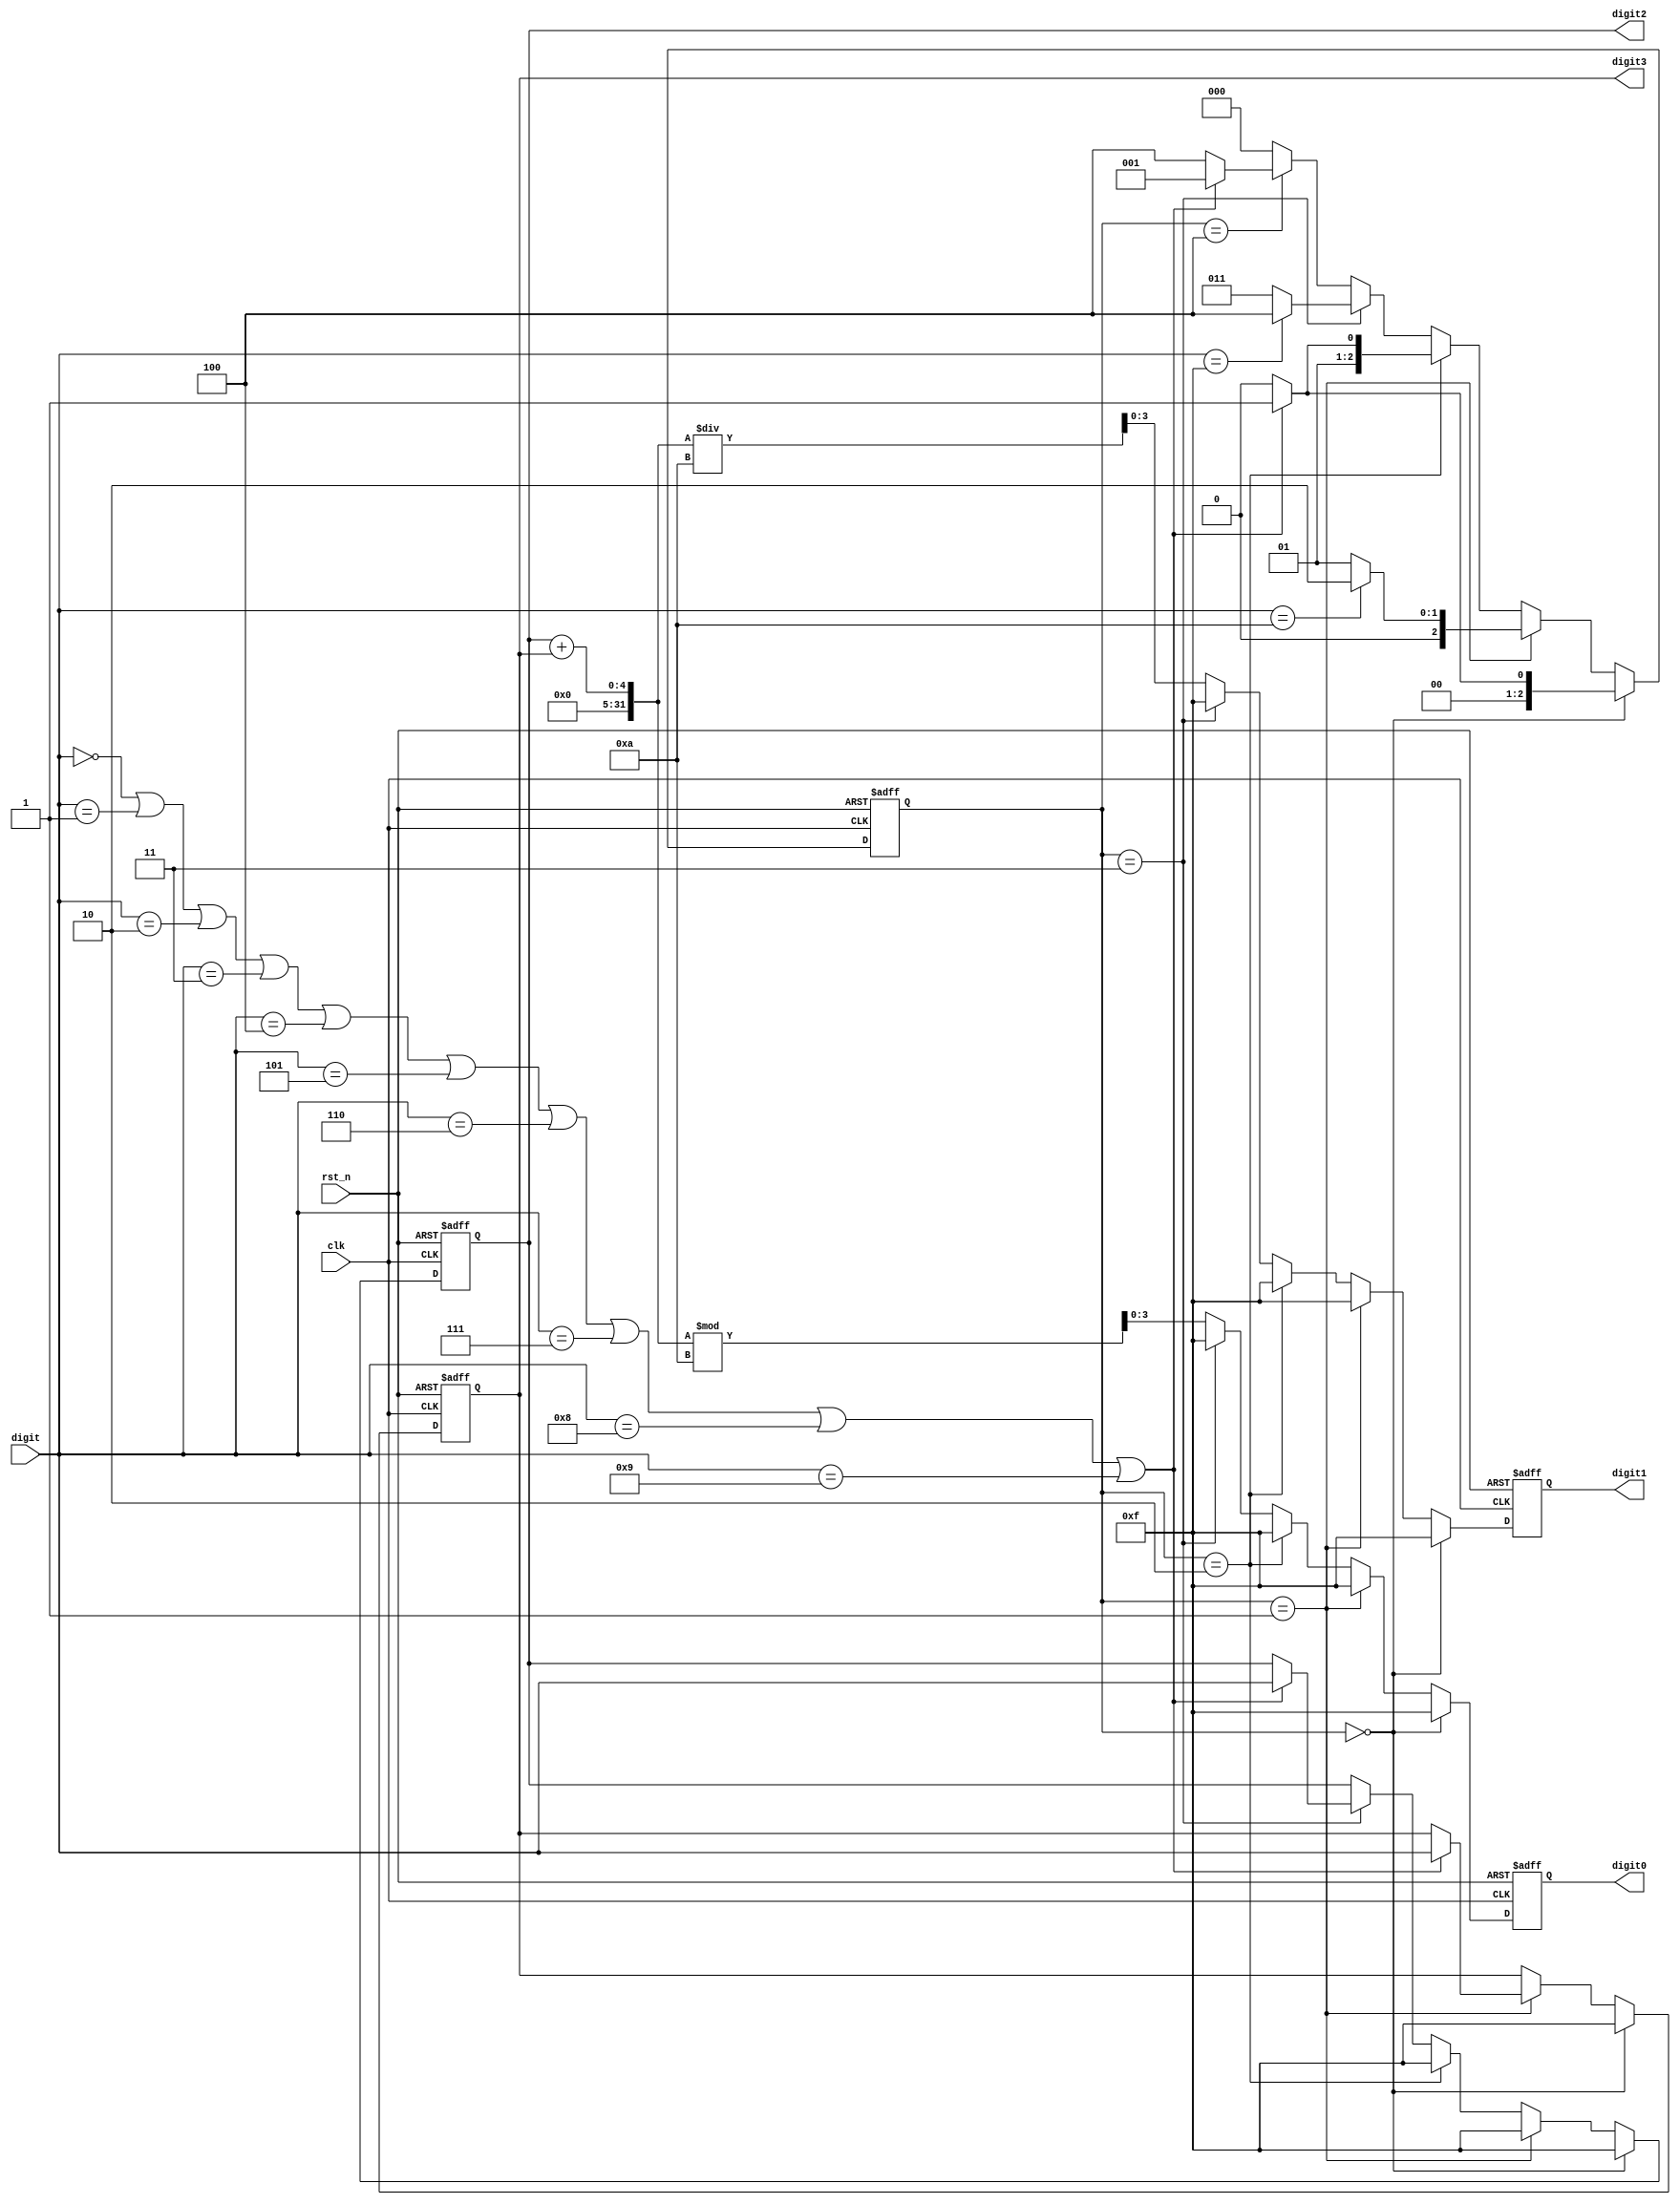
module fsm(
    digit3,
    digit2,
    digit1,
    digit0,
    digit,
    clk,
    rst_n
);
output [3:0] digit0, digit1, digit2, digit3;
input [3:0] digit;
input clk, rst_n;
reg [3:0] digit0, digit1, digit2, digit3;
reg [3:0] digit0_tmp, digit1_tmp, digit2_tmp, digit3_tmp;
reg [2:0] state, next_state;

always @*
    if (state == 3'd0) begin
        if (digit == 4'd0 || digit == 4'd1 || digit == 4'd2 || digit == 4'd3 || digit == 4'd4
        || digit == 4'd5 || digit == 4'd6 || digit == 4'd7 || digit == 4'd8 || digit == 4'd9)
            next_state = 3'd1;
        else
            next_state = 3'd0;
    end
    else if (state == 3'd1) begin
        if (digit == 4'd10)
            next_state = 3'd2;
        else
            next_state = 3'd1;
    end
    else if (state == 3'd2) begin
        if (digit == 4'd0 || digit == 4'd1 || digit == 4'd2 || digit == 4'd3 || digit == 4'd4
        || digit == 4'd5 || digit == 4'd6 || digit == 4'd7 || digit == 4'd8 || digit == 4'd9)
            next_state = 3'd3;
        else
            next_state = 3'd2;        
    end
    else if (state == 3'd3) begin
        if (digit == 4'd15)
            next_state = 3'd4;
        else
            next_state = 3'd3;
    end
    else if (state == 3'd4) begin
        if (digit == 4'd0 || digit == 4'd1 || digit == 4'd2 || digit == 4'd3 || digit == 4'd4
        || digit == 4'd5 || digit == 4'd6 || digit == 4'd7 || digit == 4'd8 || digit == 4'd9)
            next_state = 3'd1;
        else
            next_state = 3'd4;        
    end
    else    //default state
        next_state = 3'd0;

always @*
    if (state == 3'd0) begin
        digit0_tmp = 4'b1111;
        digit1_tmp = 4'b1111;
        digit2_tmp = 4'b1111;
        digit3_tmp = 4'b1111;
    end
    else if (state == 3'd1) begin
        digit0_tmp = 4'b1111;
        digit1_tmp = 4'b1111;
        digit2_tmp = 4'b1111;
        
        if (digit == 4'd0 || digit == 4'd1 || digit == 4'd2 || digit == 4'd3 || digit == 4'd4
        || digit == 4'd5 || digit == 4'd6 || digit == 4'd7 || digit == 4'd8 || digit == 4'd9)
            digit3_tmp = digit;
        else
            digit3_tmp = digit3;
    end
    else if (state == 3'd2) begin
        digit0_tmp = 4'b1111;
        digit1_tmp = 4'b1111;
        digit2_tmp = 4'b1111;
        digit3_tmp = digit3;        
    end
    else if (state == 3'd3) begin
        digit0_tmp = 4'b1111;
        digit1_tmp = 4'b1111;
    
        if (digit == 4'd0 || digit == 4'd1 || digit == 4'd2 || digit == 4'd3 || digit == 4'd4
        || digit == 4'd5 || digit == 4'd6 || digit == 4'd7 || digit == 4'd8 || digit == 4'd9)
            digit2_tmp = digit;
        else
            digit2_tmp = digit2;
        
        digit3_tmp = digit3;        
    end
    else begin  //state4
        digit0_tmp = (digit2 + digit3) % 10;
        digit1_tmp = (digit2 + digit3) / 10;
        digit2_tmp = digit2;
        digit3_tmp = digit3;
    end

always @(posedge clk or negedge rst_n)
    if (~rst_n) begin
        state <= 3'd0;
        digit0 <= 4'b1111;
        digit1 <= 4'b1111;
        digit2 <= 4'b1111;
        digit3 <= 4'b1111;
    end
    else begin
        state <= next_state;
        digit0 <= digit0_tmp;
        digit1 <= digit1_tmp;
        digit2 <= digit2_tmp;
        digit3 <= digit3_tmp;
    end

endmodule